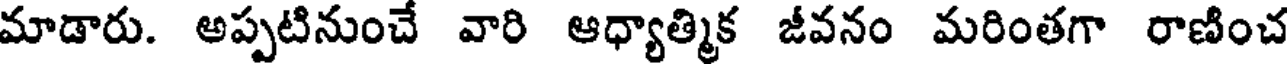
మాడారు. అప్పటినుంచే వారి ఆధ్యాత్మిక జీవనం మరింతగా రాణించ